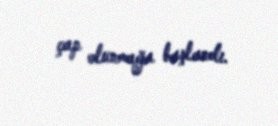
çap olunmağa başlandı.